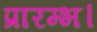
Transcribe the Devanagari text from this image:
प्रारम्‍भ।